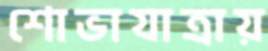
শোভাযাত্রায়